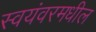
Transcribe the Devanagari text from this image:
स्वयंवरमधील